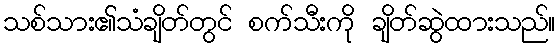
သစ်သား၏သံချိတ်တွင် စက်သီးကို ချိတ်ဆွဲထားသည်။